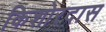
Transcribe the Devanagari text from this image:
किशोरदास